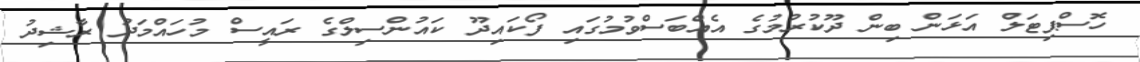
ހޮސްޕިޓަލް އަޅަން ބިން ދޫކުރުމުގެ އެއްބަސްވުމުގައި ފޯކައިދޫ ކައުންސިލްގެ ރައީސް މުހައްމަދު ރާޝިދު